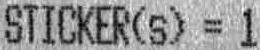
STICKER(S) = 1